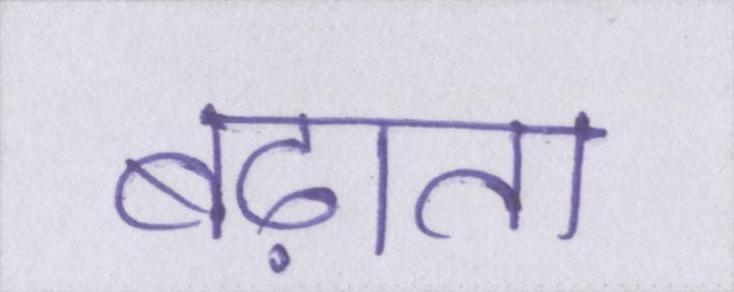
बढ़ाता